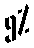
၅%